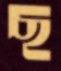
ছ